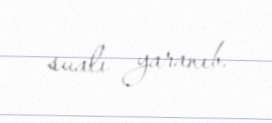
sualı yaranıb.